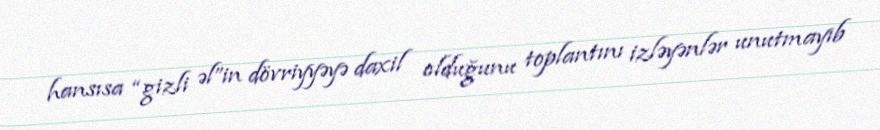
hansısa “gizli əl”in dövriyyəyə daxil olduğunu toplantını izləyənlər unutmayıb